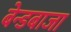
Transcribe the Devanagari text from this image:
बेन्डबाजा